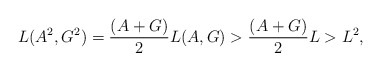
\begin{align*}L(A^2,G^2) =\frac{(A+G)}{2}L(A,G)> \frac{(A+G)}{2}L > L^2,\end{align*}